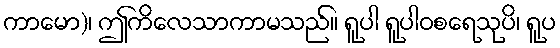
ကာမော)၊ ဤကိလေသာကာမသည်။ ရူပါ ရူပါဝစရေသုပိ၊ ရူပ